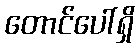
တောင်ပေါ်ရှိ